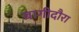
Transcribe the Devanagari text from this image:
बागीदौरा